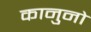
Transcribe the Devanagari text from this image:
कानुनो